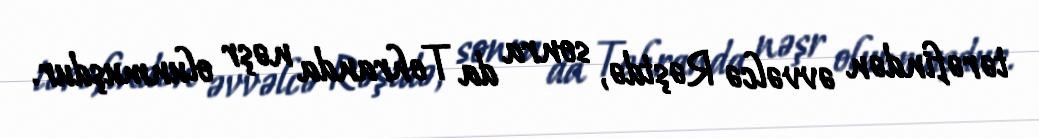
tərəfindən əvvəlcə Rəştdə, sonra da Tehranda nəşr olunmuşdur.